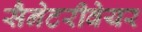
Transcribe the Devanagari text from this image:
सैनेटरीवेयर